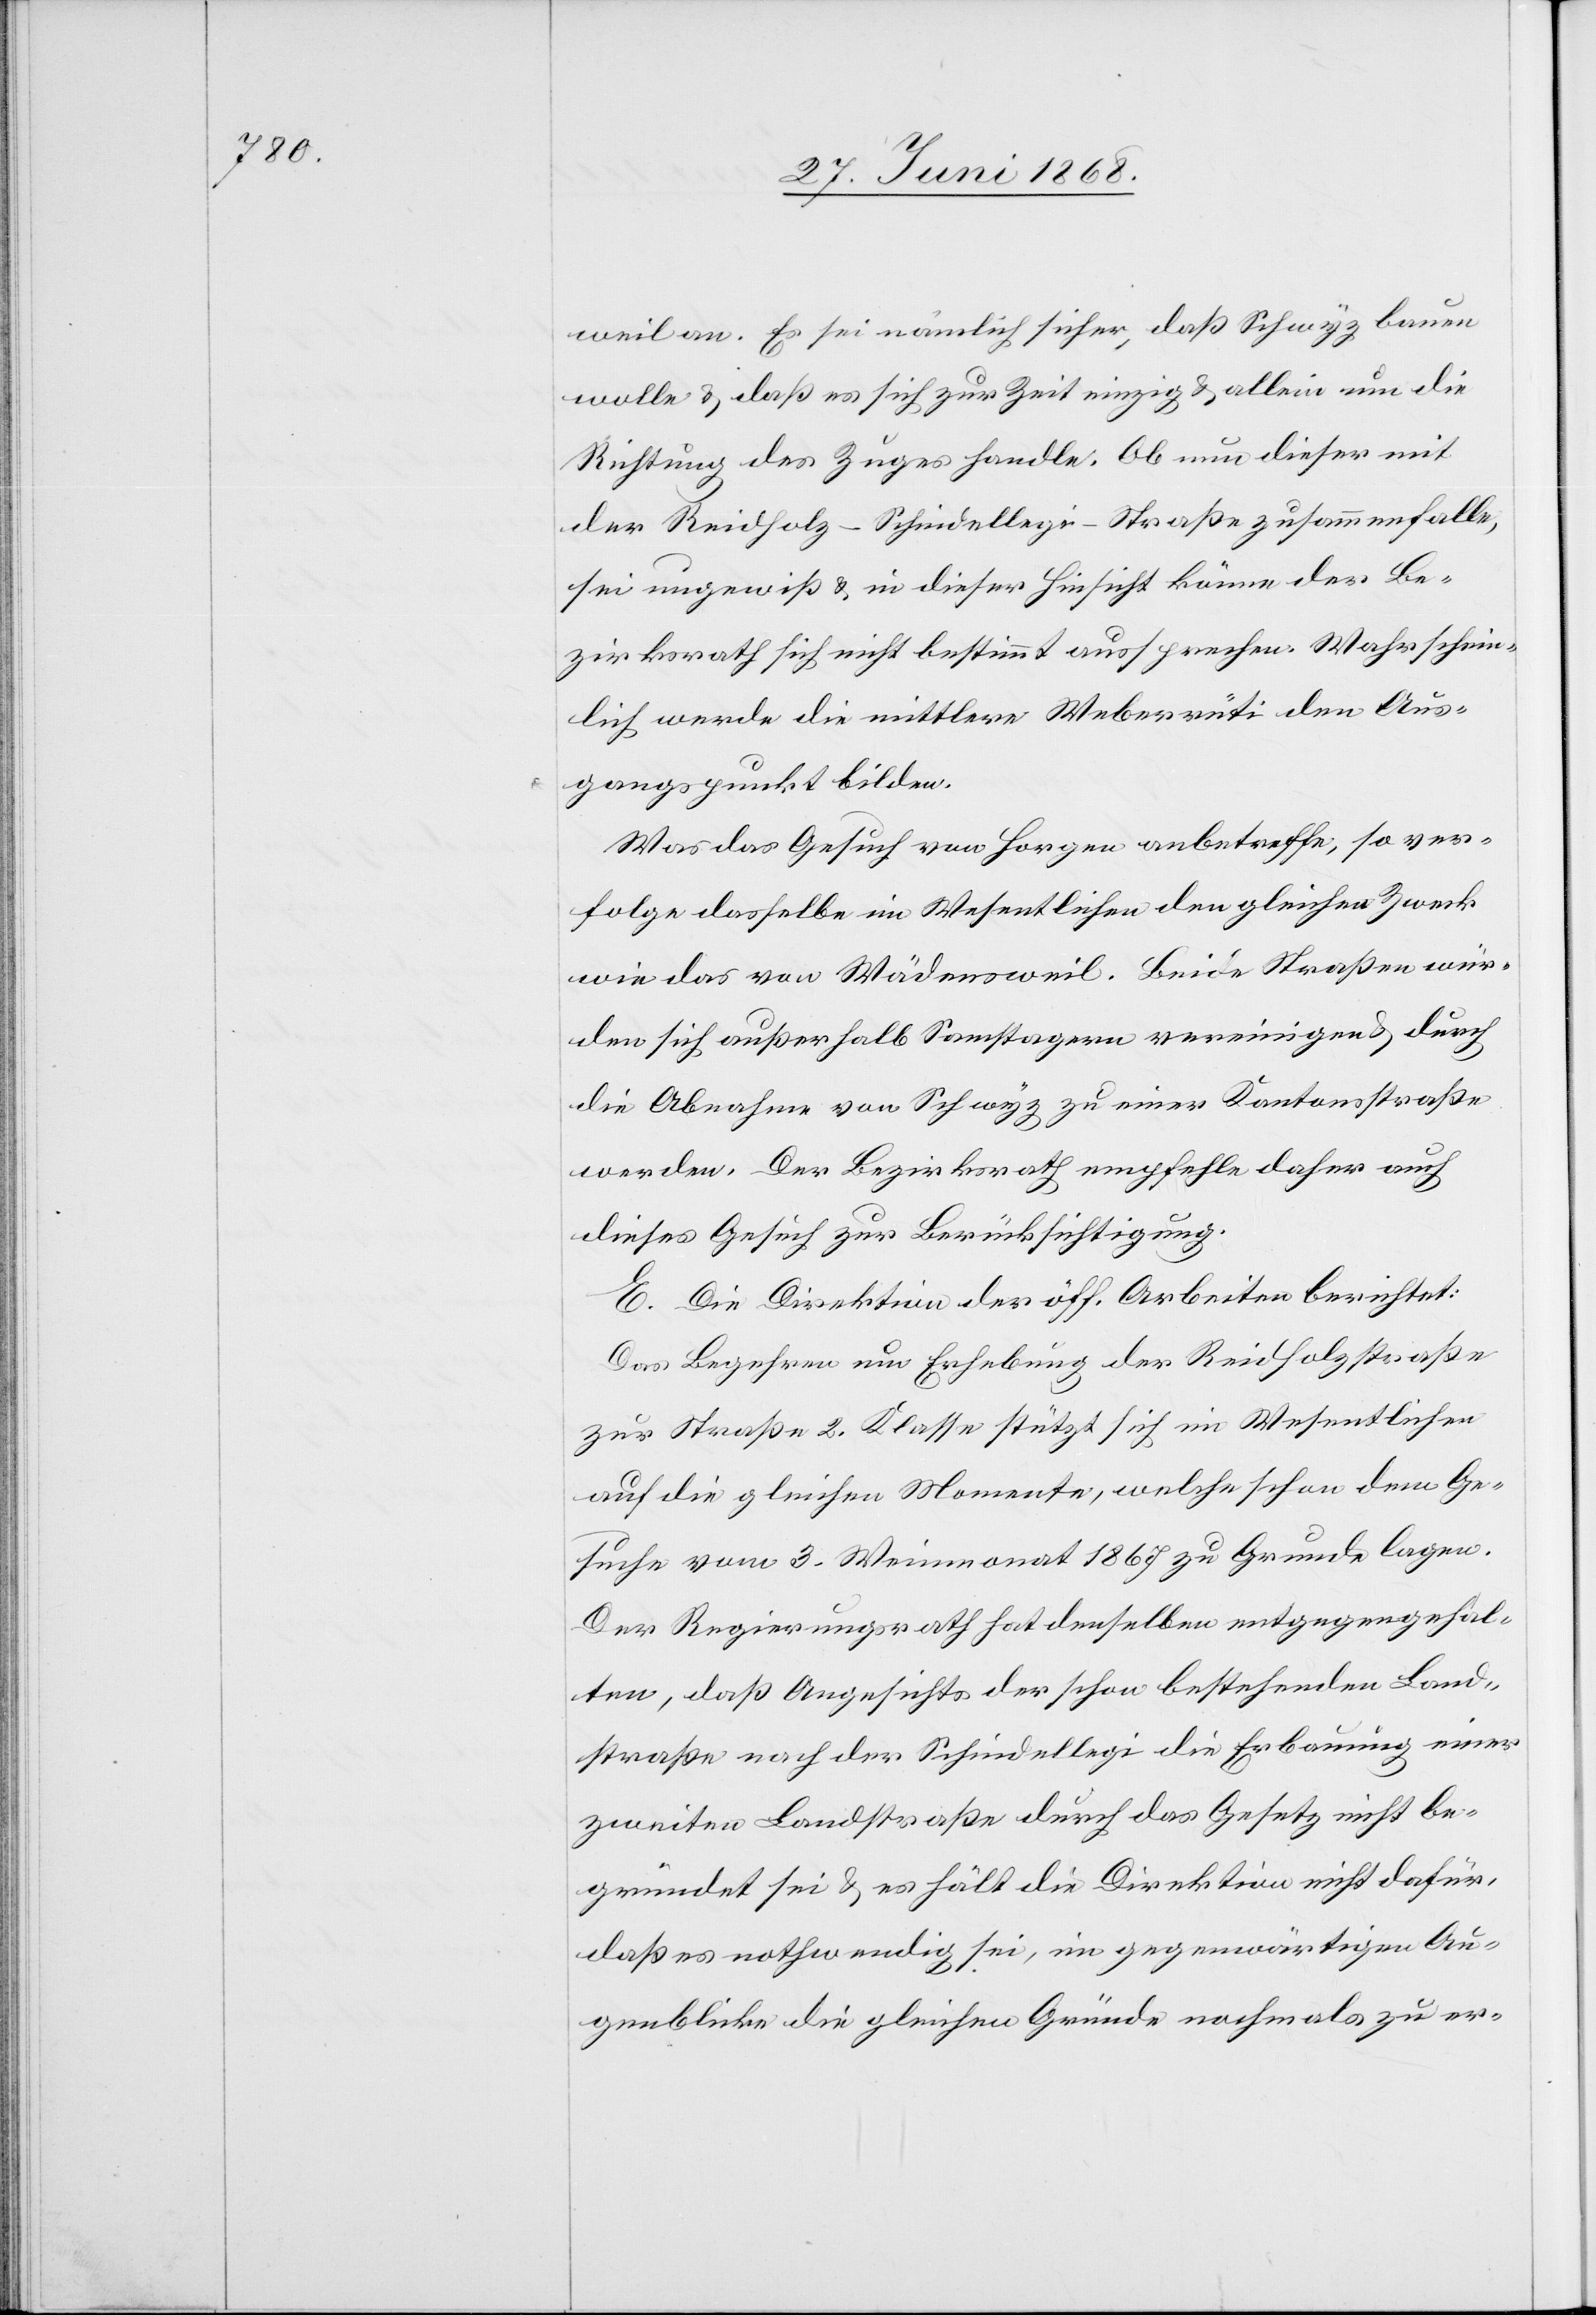
weil an. Es sei nämlich sicher, daß Schwyz bauen
wolle & daß es sich zur Zeit einzig & allein um die
Richtung des Zuges handle. Ob nun dieser mit
der Reidholz-Schindellegi-Straße zusammenfalle,
sei ungewiß & in dieser Hinsicht könne der Be¬
zirksrath sich nicht bestimmt aussprechen. Wahrschein¬
lich werde die mittlere Weberrüti den Aus¬
gangspunkt bilden.
Was das Gesuch von Horgen anbetreffe, so ver¬
folge dasselbe im Wesentlichen den gleichen Zweck
wie das von Wädensweil. Beide Straßen wür¬
den sich außerhalb Samstagern vereinigen & durch
die Abnahme von Schwyz zu einer Kantonsstraße
werden. Der Bezirksrath empfehle daher auch
dieses Gesuch zur Berücksichtigung.
E. Die Direktion der öff. Arbeiten berichtet:
Das Begehren um Erhebung der Reidholzstraße
zur Straße 2. Klasse stützt sich im Wesentlichen
auf die gleichen Momente, welche schon dem Ge¬
suche vom 3. Weinmonat 1867 zu Grunde lagen.
Der Regierungsrath hat denselben entgegengehal¬
ten, daß Angesichts der schon bestehenden Land¬
straße nach der Schindellegi die Erbauung einer
zweiten Landstraße durch das Gesetz nicht be¬
gründet sei & es hält die Direktion nicht dafür,
daß es nothwendig sei, im gegenwärtigen Au¬
genblicke die gleichen Gründe nochmals zu er-